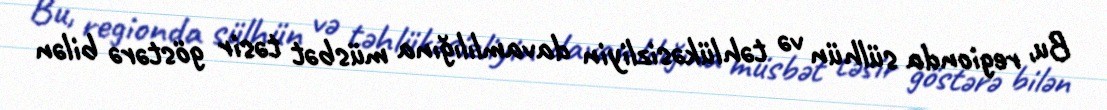
Bu, regionda sülhün və təhlükəsizliyin davamlılığına müsbət təsir göstərə bilən